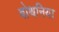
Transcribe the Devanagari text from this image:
बोथनिया